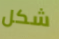
شكل